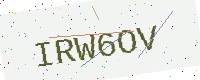
Text: IRW6OV